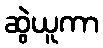
ဆွဲယူကာ